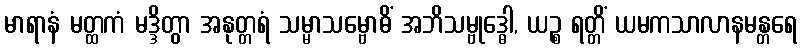
မာရာနံ မတ္ထကံ မဒ္ဒိတွာ အနုတ္တရံ သမ္မာသမ္ဗောဓိံ အဘိသမ္ဗုဒ္ဓေါ, ယဉ္စ ရတ္တိံ ယမကသာလာနမန္တရေ